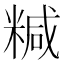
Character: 𥻇